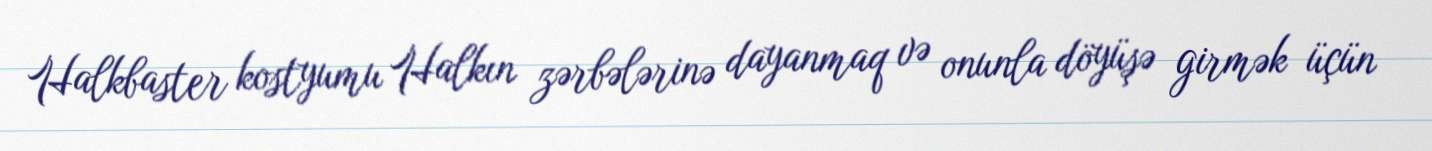
Halkbaster kostyumu Halkın zərbələrinə dayanmaq və onunla döyüşə girmək üçün